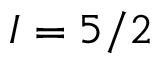
I = 5 / 2